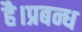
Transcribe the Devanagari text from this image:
है।प्रबन्ध